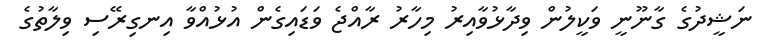
ނަޝީދުގެ ގާނޫނީ ވަކީލުން ވިދާޅުވާއިރު މިހާރު ރާއްޖެ ވަޑައިގެން އުޅުއްވާ އިނގިރޭސި ވިލާތުގެ